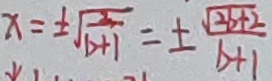
x = \pm \sqrt { \frac { 2 } { b + 1 } } = \pm \frac { \sqrt { 2 b + 2 } } { b + 1 }